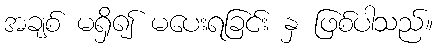
အချစ် မရှိ၍ မပေးရခြင်း နှ ဖြစ်ပါသည်။